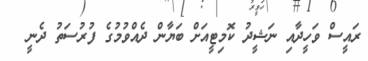
ރައީސް ވަހީދާއި ނަޝީދު ކޮމިޓީއަށް ބަޔާން ދެއްވުމުގެ ފުރުސަތު ދެނީ